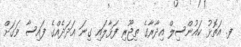
ފ. އަތޮޅު ކައުންސިލް އިދާރާގެ ތިޖޫރި ފަޅާލައި ގިނަ ޢަދަދެއްގެ ފައިސާ ވަގަށް